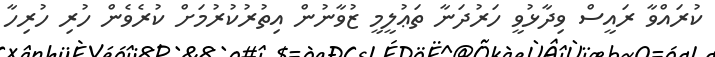
ކުރައްވާ ރައީސް ވިދާޅުވީ ހަރުދަނާ ތަޢުލީމީ ޒުވާނުން އިތުރުކުރުމަށް ކުރެވެން ހުރި ހުރިހާ